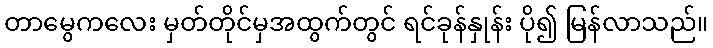
တာမွေကလေး မှတ်တိုင်မှအထွက်တွင် ရင်ခုန်နှုန်း ပို၍ မြန်လာသည်။